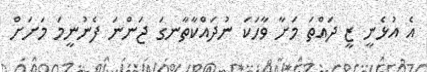
އެ އުޅެނީ ޒީ ދައްތަ މަށާ ވާހަކަ ނުދައްކާތާނގަ ޖަންނަ ފެނުނީމަ މަށަށް